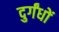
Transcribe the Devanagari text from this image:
दुर्गंधों